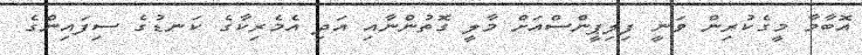
އޮބާމާ މީގެކުރިން ވަނީ ފިލިޕީންސްއަށް މާލީ ގޮތުންނާއި އަދި އެމެރިކާގެ ކަނޑުގެ ސިފައިންގެ